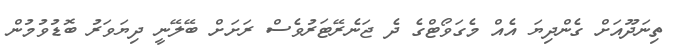
ތިނަދޫއަށް ގެންދިޔަ އެއް މެގަވޯޓްގެ ދެ ޖަނެރޭޓަރުވެސް ރަށަށް ބޭލޭނީ ދިޔަވަރު ބޮޑުވުމުން